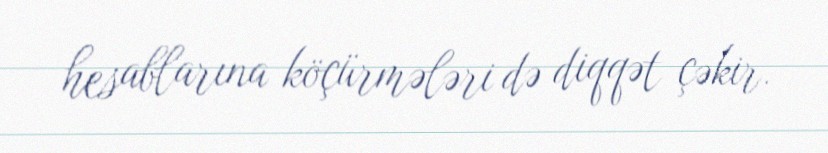
hesablarına köçürmələri də diqqət çəkir.